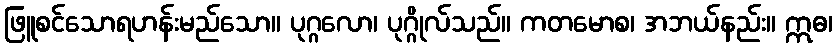
ဖြူစင်သောရဟန်းမည်သော။ ပုဂ္ဂလော၊ ပုဂ္ဂိုလ်သည်။ ကတမောစ၊ အဘယ်နည်း။ ဣဓ၊